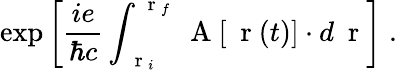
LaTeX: \exp\left[\frac{ie}{\hbar c}\int_{\mathrm{~\mathbf~r~}_{i}}^{\mathrm{~\mathbf~r~}_{f}}\mathrm{~\mathbf~A~}[\mathrm{~\mathbf~r~}(t)]\cdot d\mathrm{~\mathbf~r~}\right]\; .